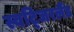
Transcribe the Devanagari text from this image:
स्वटि्जरलैंड